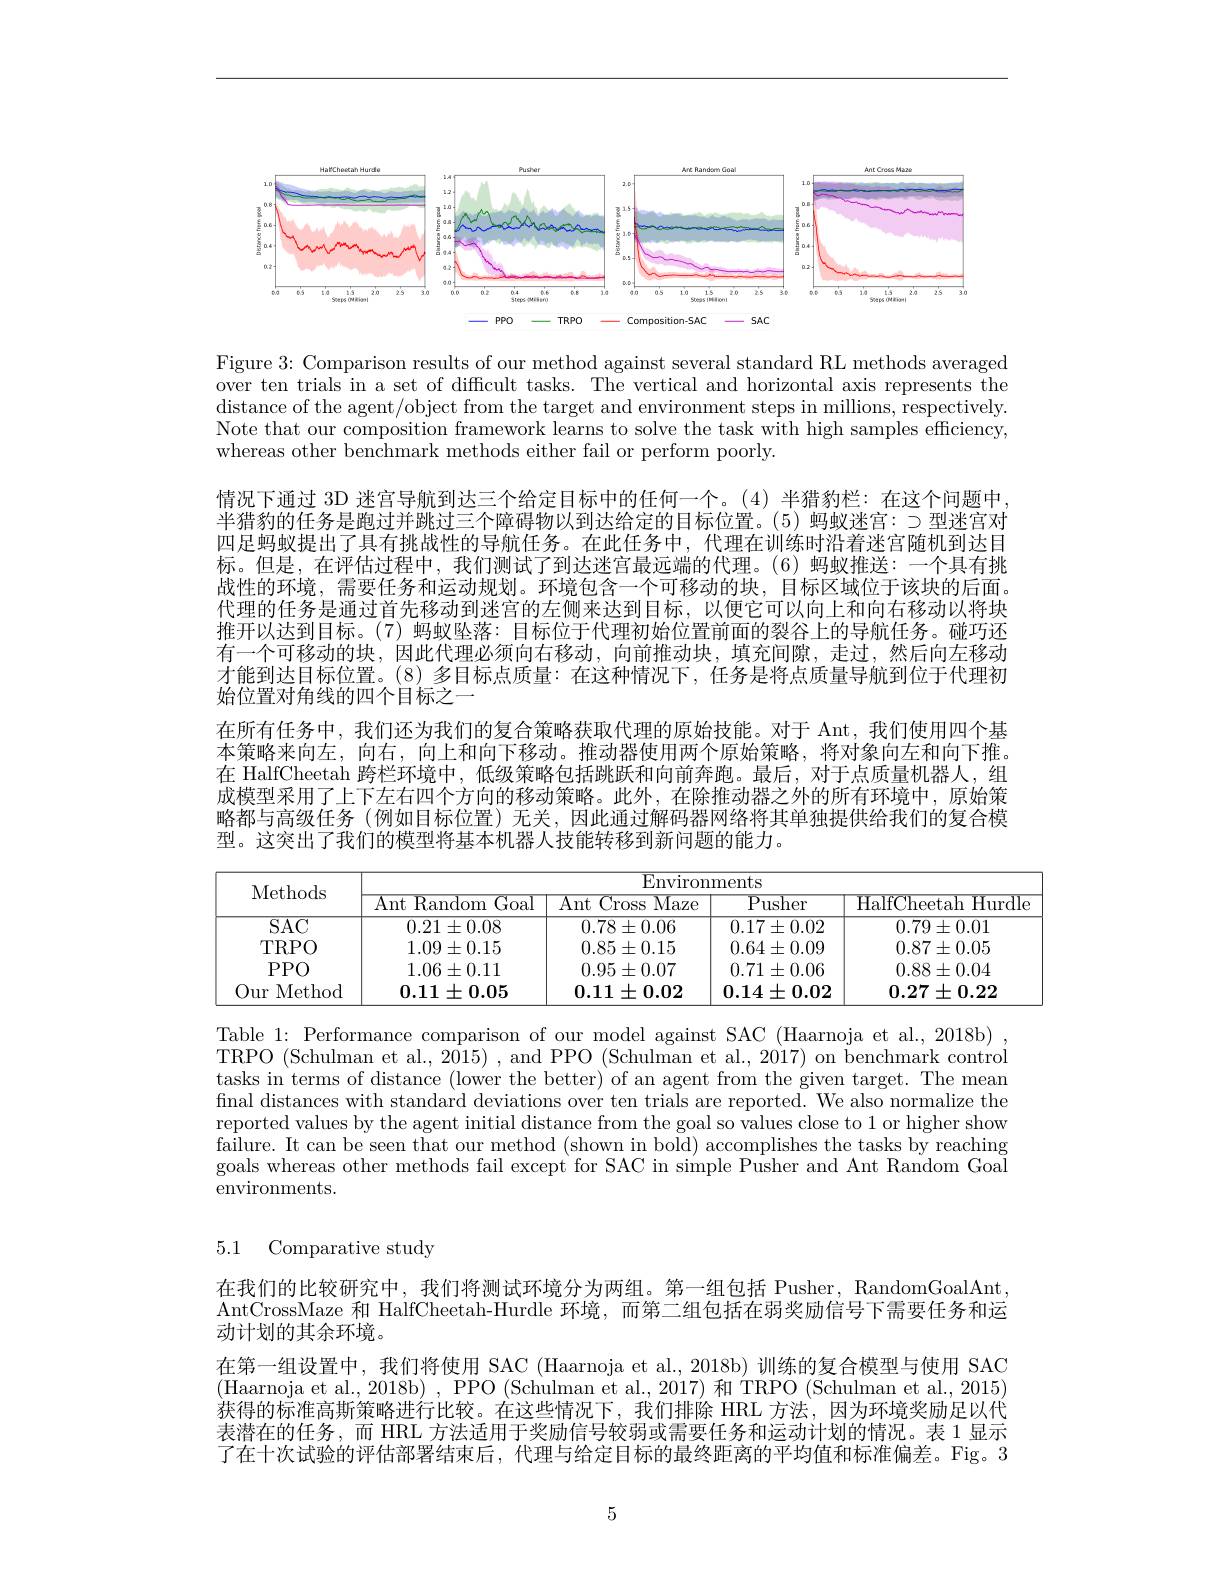
<FigureHere>

Figure 3: Comparison results of our method against several standard RL methods averaged over ten trials in a set of diffcult tasks. The vertical and horizontal axis represents the distance of the agent/object from the target and environment steps in millions, respectively. Note that our composition framework learns to solve the task with high samples efficiency, whereas other benchmark methods either fail or perform poorly.

情况下通过 3D 迷宫导航到达三个给定目标中的任何一个。(4)半猎豹栏：在这个问题中半猎豹的任务是跑过并跳过三个障碍物以到达给定的目标位置。(5)蚂蚁迷宫：$\supset 型迷宫对$ 四足蚂蚁提出了具有挑战性的导航任务。在此任务中，代理在训练时沿着迷宫随机到达目标。但是，在评估过程中，我们测试了到达迷宫最远端的代理。(6)蚂蚁推送：一个具有挑战性的环境，需要任务和运动规划。环境包含一个可移动的块，目标区域位于该块的后面。代理的任务是通过首先移动到迷宫的左侧来达到目标，以便它可以向上和向右移动以将块推开以达到目标。(7)蚂蚁坠落：目标位于代理初始位置前面的裂谷上的导航任务。碰巧还有一个可移动的块，因此代理必须向右移动，向前推动块，填充间隙，走过，然后向左移动才能到达目标位置。(8)多目标点质量：在这种情况下，任务是将点质量导航到位于代理初始位置对角线的四个目标之一
在所有任务中，我们还为我们的复合策略获取代理的原始技能。对于 Ant,我们使用四个基本策略来向左，向右，向上和向下移动。推动器使用两个原始策略，将对象向左和向下推。在 HalfCheetah 跨栏环境中，低级策略包括跳跃和向前奔跑。最后，对于点质量机器人，组成模型采用了上下左右四个方向的移动策略。此外，在除推动器之外的所有环境中，原始策略都与高级任务(例如目标位置)无关，因此通过解码器网络将其单独提供给我们的复合模型。这突出了我们的模型将基本机器人技能转移到新问题的能力。

<table>
	<tbody>
		<tr>
			<th rowspan="2">Methods</th>
			<th colspan="4">$\overline{{\mathrm{Environments}}}$</th>
		</tr>
		<tr>
			<th>$\mathop{\mathrm{Ant}}\mathop{\mathrm{Random}}$ ${\mathrm{nGoal}}$</th>
			<th>Ant( Cross ${\mathrm{s~Maze}}$</th>
			<th>${\mathrm{Pusher}}$</th>
			<th>HalfCheetah Hurd</th>
		</tr>
		<tr>
			<td>SAC</td>
			<td>$0.21\pm0.08$</td>
			<td>$0.78\pm0.06$</td>
			<td>$0.17\pm0.02$</td>
			<td>$0.79\pm0.01$</td>
		</tr>
		<tr>
			<td>TRPO</td>
			<td>$1.09\pm0.15$</td>
			<td>$0.85\pm0.15$</td>
			<td>$0.64\pm0.09$</td>
			<td>$0.87\pm0.05$</td>
		</tr>
		<tr>
			<td>$PPO$</td>
			<td>$1.06\pm0.11$</td>
			<td>$0.95\pm0.07$</td>
			<td>$0.71\pm0.06$</td>
			<td>$0.88\pm0.04$</td>
		</tr>
		<tr>
			<td>Our Method</td>
			<td>$0.11\pm0.05$</td>
			<td>$0.11\pm0.02$</td>
			<td>$0.14\pm0.02$</td>
			<td>$0.27\pm0.22$</td>
		</tr>
	</tbody>
</table>

Table 1: Performance comparison of our model against SAC (Haarnoja et al., 2018b) TRPO (Schulman et al., 2015) , and PPO (Schulman et al., 2017) on benchmark control tasks in terms of distance (lower the better) of an agent from the given target. The mean final distances with standard deviations over ten trials are reported. We also normalize the reported values by the agent initial distance from the goal so values close to 1 or higher show failure. It can be seen that our method (shown in bold) accomplishes the tasks by reaching goals whereas other methods fail except for SAC in simple Pusher and Ant Random Goal environments.

5.1 Comparative study

在我们的比较研究中，我们将测试环境分为两组。第一组包括 Pusher, RandomGoalAnt AntCrossMaze 和 HalfCheetah-Hurdle 环境，而第二组包括在弱奖励信号下需要任务和运动计划的其余环境。
在第一组设置中，我们将使用 SAC (Haarnoja et al., 2018b) 训练的复合模型与使用 SAC (Haarnoja et al., 2018b) , PPO (Schulman et al., 2017) 和 TRPO (Schulman et al., 2015) 获得的标准高斯策略进行比较。在这些情况下，我们排除 HRL 方法，因为环境奖励足以代表潜在的任务，而 HRL 方法适用于奖励信号较弱或需要任务和运动计划的情况。表 1 显示了在十次试验的评估部署结束后，代理与给定目标的最终距离的平均值和标准偏差。Fig。3

5